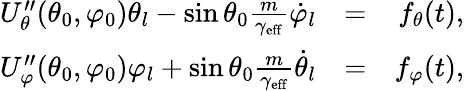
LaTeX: \begin{array}{rlr}{U_{\theta}^{\prime\prime}(\theta_{0},\varphi_{0})\theta_{l}-\sin\theta_{0}\frac{m}{\gamma_{\mathrm{eff}}}\dot{\varphi}_{l}}&{=}&{f_{\theta}(t),}\\ {U_{\varphi}^{\prime\prime}(\theta_{0},\varphi_{0})\varphi_{l}+\sin\theta_{0}\frac{m}{\gamma_{\mathrm{eff}}}\dot{\theta}_{l}}&{=}&{f_{\varphi}(t),}\end{array}